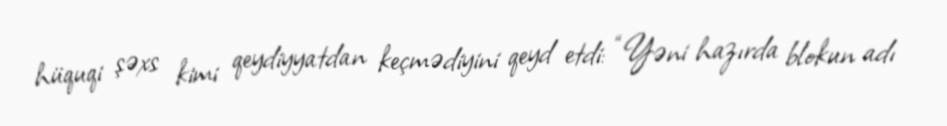
hüquqi şəxs kimi qeydiyyatdan keçmədiyini qeyd etdi: “Yəni hazırda blokun adı